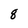
Character: 8